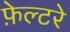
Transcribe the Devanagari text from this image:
फ़ेल्टरे